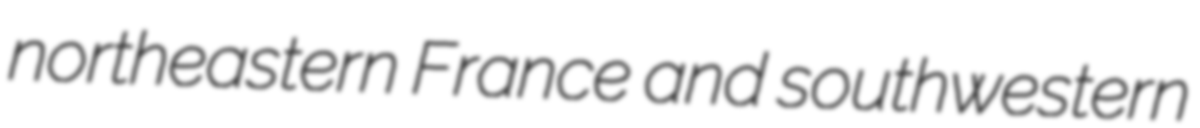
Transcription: northeastern France and southwestern